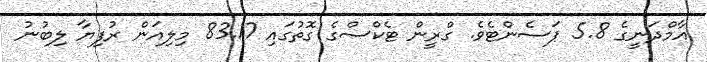
އާމްދަނީގެ 5.8 ޕަސެންޓެވެ. ގްރީން ޓެކްސްގެ ގޮތުގައި 83.17 މިލިއަން ރުފިޔާ ލިބުނު